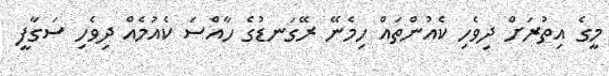
މީގެ އިތުރަށް ދިވެހި ކެއުންތައް ހިމެނޭ ރޭގަނޑުގެ ހާއްސަ ކެއުމެއް ދިވެހި ސަގާފީ